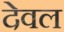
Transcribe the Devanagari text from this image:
देवल